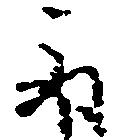
取